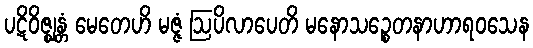
ပဋိဝိဇ္ဈန္တံ မေတေဟိ မဇ္ဇံ ဩပိလာပေတိ မနောသဉ္စေတနာဟာရဝသေန